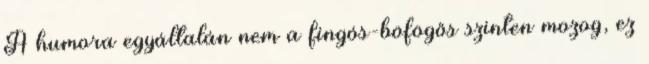
A humora egyáltalán nem a fingós-böfögős szinten mozog, ez